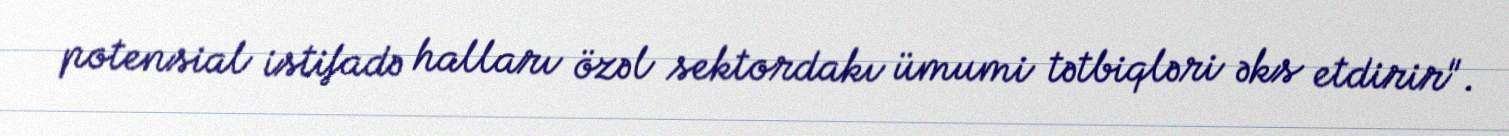
potensial istifadə halları özəl sektordakı ümumi tətbiqləri əks etdirir".